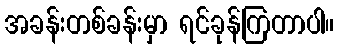
အခန်းတစ်ခန်းမှာ ရင်ခုန်ကြတာပါ။